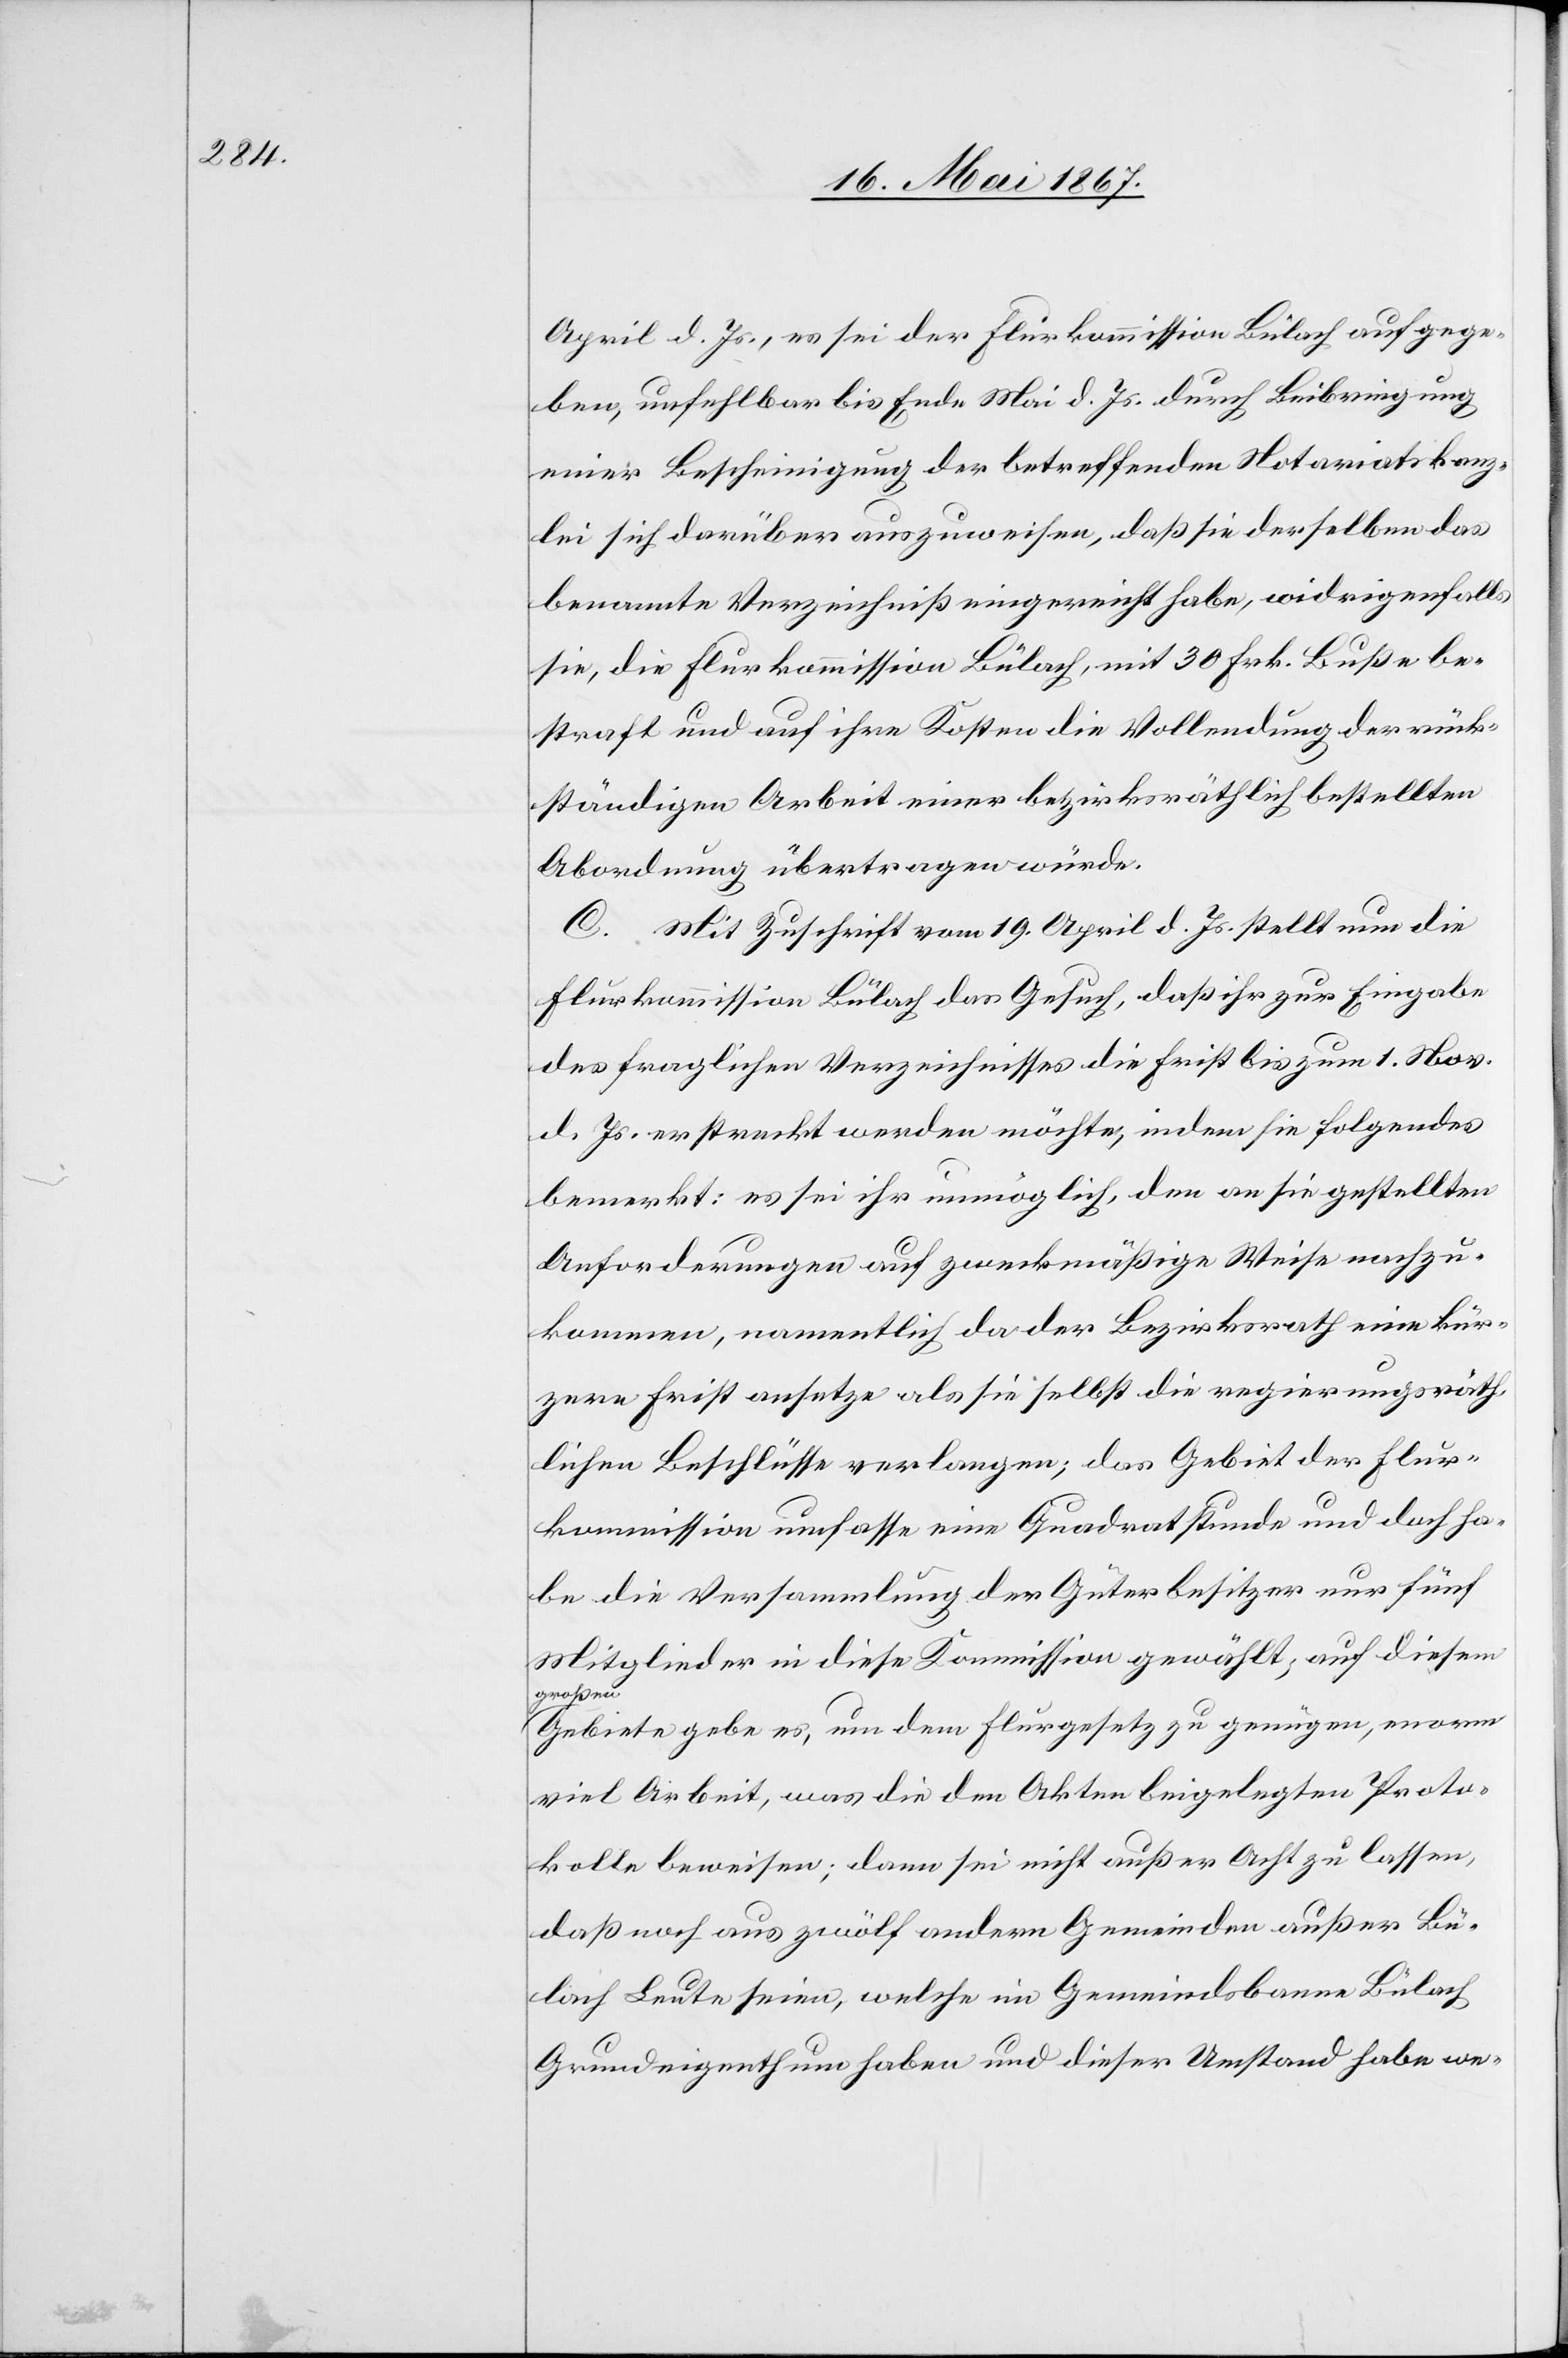
April d. Js., es sei der Flurkommission Bülach aufgege¬
ben, unfehlbar bis Ende Mai d. Js. durch Beibringung
einer Bescheinigung der betreffenden Notariatskanz¬
lei sich darüber auszuweisen, daß sie derselben das
benannte Verzeichniß eingereicht habe, widrigenfalls
sie, die Flurkommission Bülach, mit 30 Frk. Buße be¬
straft und auf ihre Kosten die Vollendung der rück¬
ständigen Arbeit einer bezirksräthlich bestellten
Abordnung übertragen würde.
C. Mit Zuschrift vom 19. April d. Js. stellt nun die
Flurkommission Bülach das Gesuch, daß ihr zur Eingabe
des fraglichen Verzeichnisses die Frist bis zum 1. Nov.
d. Js. erstreckt werden möchte, indem sie folgendes
bemerkt: es sei ihr unmöglich, den an sie gestellten
Anforderungen auf zweckmäßige Weise nachzu¬
kommen, namentlich da der Bezirksrath eine kür¬
zere Frist ansetze als sie selbst die regierungsräth¬
lichen Beschlüsse verlangen; das Gebiet der Flur¬
kommission umfasse eine Quadratstunde und doch ha¬
be die Versammlung der Güterbesitzer nur fünf
Mitglieder in diese Kommission gewählt, auf diesem
großen
Gebiete gebe es, um dem Flurgesetz zu genügen, enorm
viel Arbeit, was die den Akten beigelegten Proto¬
kolle beweisen; dann sei nicht außer Acht zu lassen,
daß noch aus zwölf andern Gemeinden außer Bü¬
lach Leute seien, welche im Gemeindsbanne Bülach
Grundeigenthum haben und dieser Umstand habe we-